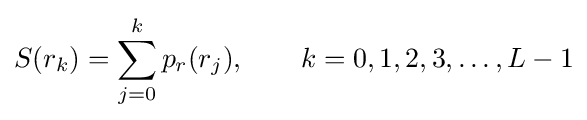
S(r_{k})=\sum _{j=0}^{k}p_{r}(r_{j}),\qquad k=0,1,2,3,\ldots ,L-1